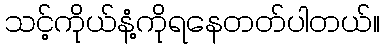
သင့်ကိုယ်နံ့ကိုရနေတတ်ပါတယ်။